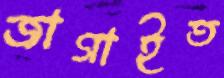
জাগাইত